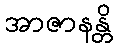
အာဇာနန္တိ